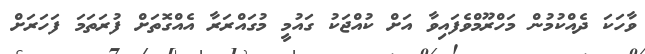
ވާހަކަ ދެއްކުމުން މަހްރޫމްވެފައިވާ އަށް ކުއްޖަކު ގައުމީ މުގައްރަރާ އެއްގޮތަށް ފުރަތަމަ ފަހަރަށް